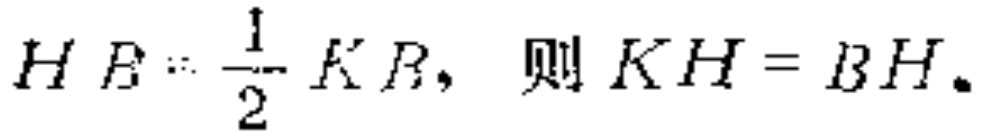
$HB=\frac{1}{2}KB,\ 则KH = BH.$